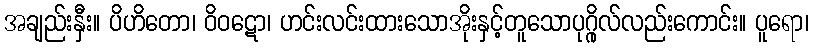
အချည်းနှီး။ ပိဟိတော၊ ဝိဝဋော၊ ဟင်းလင်းထားသောအိုးနှင့်တူသောပုဂ္ဂိုလ်လည်းကောင်း။ ပူရော၊